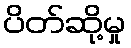
ပိတ်ဆို့မှု